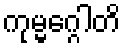
ကုမ္မဂ္ဂေါတိ